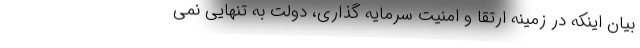
بیان اینکه در زمینه ارتقا و امنیت سرمایه گذاری، دولت به تنهایی نمی